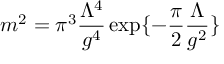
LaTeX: m ^ { 2 } = \pi ^ { 3 } \frac { \Lambda ^ { 4 } } { g ^ { 4 } } \exp \{ - \frac { \pi } { 2 } \frac { \Lambda } { g ^ { 2 } } \}